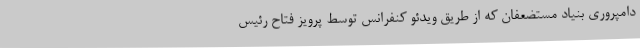
دامپروری بنیاد مستضعفان که از طریق ویدئو کنفرانس توسط پرویز فتاح رئیس